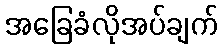
အခြေခံလိုအပ်ချက်